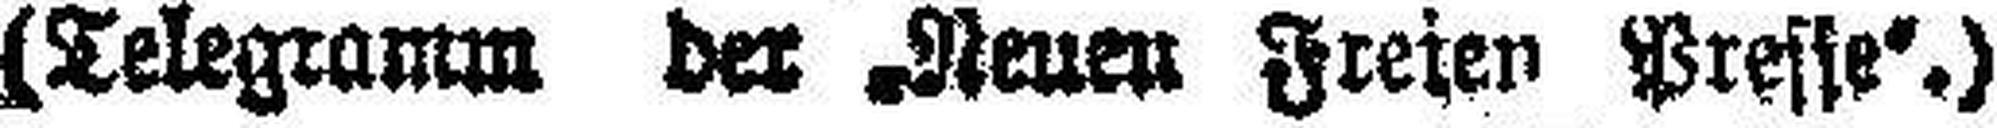
(Telegramm der „Neuen Freien Presse“.)